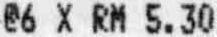
@6 X RM 5.30